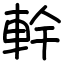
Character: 龫